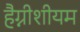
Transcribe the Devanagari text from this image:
हैग्नीशीयम